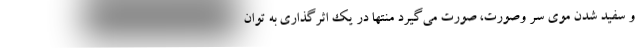
و سفید شدن موی سر وصورت، صورت می‌گیرد منتها در یک اثرگذاری به توان